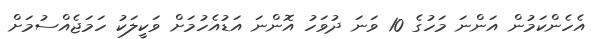
އެހެންކަމުން އަންނަ މަހުގެ 10 ވަނަ ދުވަހު އޮންނަ އަޑުއެހުމަށް ވަކީލަކު ހަމަޖެއްސުމަށް